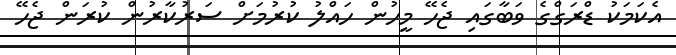
އެކަމަކު ޑްރަގްގެ ވަބާގައި ޖެހޭ މީހުން ހައްލު ކުރުމަށް ސަރުކާރުން ކުރަން ޖެހޭ